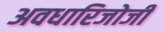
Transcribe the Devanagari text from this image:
अवधारिजोजी